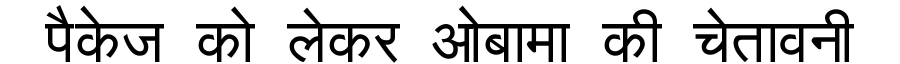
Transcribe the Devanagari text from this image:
पैकेज को लेकर ओबामा की चेतावनी